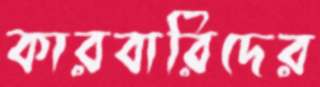
কারবারিদের